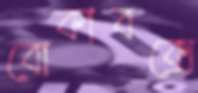
বোকাবক্সে